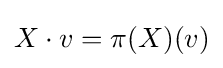
X\cdot v=\pi (X)(v)